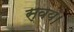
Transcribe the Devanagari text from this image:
स्वयं।